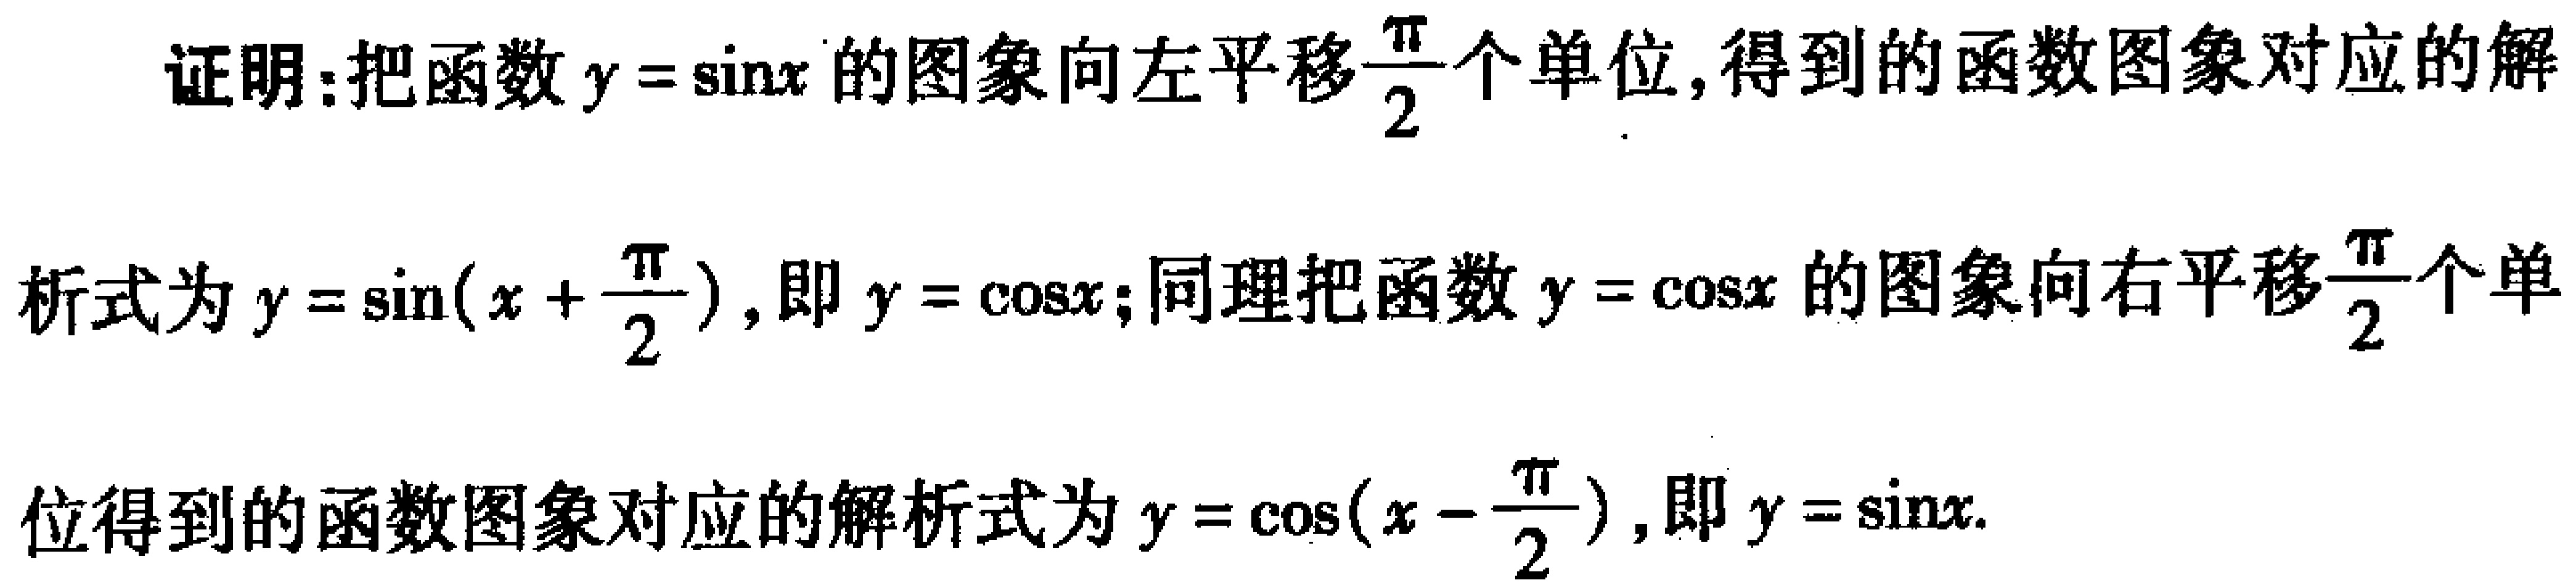
证明：把函数\(y = \sin x\)的图象向左平移\(\frac{\pi}{2}\)个单位，得到的函数图象对应的解

析式为\(y = \sin(x + \frac{\pi}{2})\)，即\(y = \cos x\)；同理把函数\(y = \cos x\)的图象向右平移\(\frac{\pi}{2}\)个单

位得到的函数图象对应的解析式为\(y = \cos(x - \frac{\pi}{2})\)，即\(y = \sin x\).